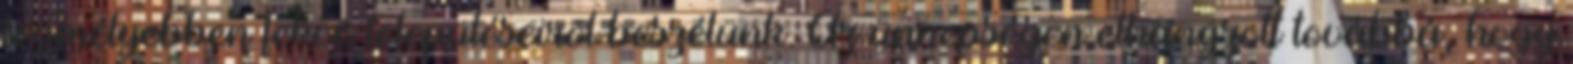
legmélyebben fekvõ településeirõl beszélünk. Az ünnepségen elhangzott továbbá, hogy